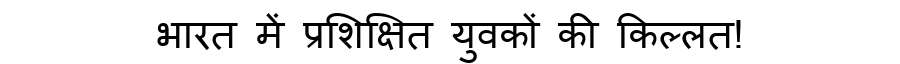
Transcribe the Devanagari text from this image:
भारत में प्रशिक्षित युवकों की किल्लत!